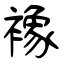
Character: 襐